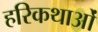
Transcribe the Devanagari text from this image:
हरिकथाओं